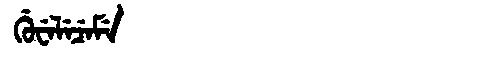
Manchu: ᡤᡠᠸᡝᠯᡝᠴᡝᠮᡝ
Romanization: GUWELECEME